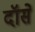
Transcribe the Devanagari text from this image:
दॉर्से